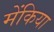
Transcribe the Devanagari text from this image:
मेंकिया